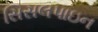
સિસલપાઇન